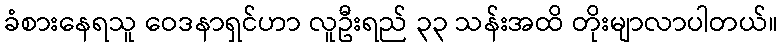
ခံစားနေရသူ ဝေဒနာရှင်ဟာ လူဦးရည် ၃၃ သန်းအထိ တိုးမျာလာပါတယ်။